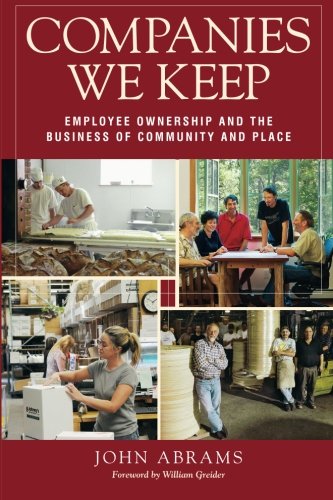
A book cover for Companies We Keep: Employee Ownership and the Business of Community and Place, 2nd Edition; John Abrams; Business & Money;